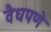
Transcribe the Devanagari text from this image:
वैधपणे